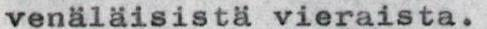
venäläisistä vieraista.